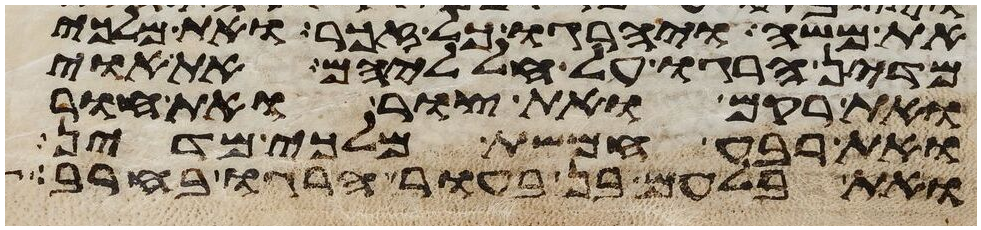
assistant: את משה ויהרגו כל זכר ואת מלכי
מדין הרגו על חלליהם את אוי
ואת רקם ואת צור ואת חור
ואת רבע חמשת מלכי מדין
ואת בלעם בן בעור הרגו בחרב